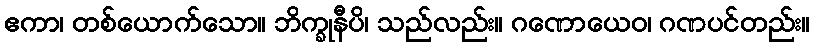
ဧကာ၊ တစ်ယောက်သော။ ဘိက္ခုနီပိ၊ သည်လည်း။ ဂဏောယေဝ၊ ဂဏပင်တည်း။